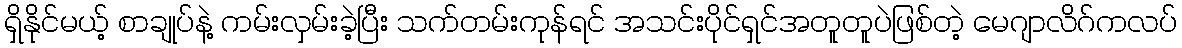
ရှိနိုင်မယ့် စာချုပ်နဲ့ ကမ်းလှမ်းခဲ့ပြီး သက်တမ်းကုန်ရင် အသင်းပိုင်ရှင်အတူတူပဲဖြစ်တဲ့ မေဂျာလိဂ်ကလပ်